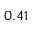
0 . 4 1